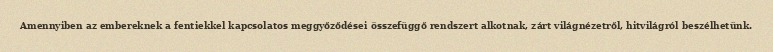
Amennyiben az embereknek a fentiekkel kapcsolatos meggyőződései összefüggő rendszert alkotnak, zárt világnézetről, hitvilágról beszélhetünk.